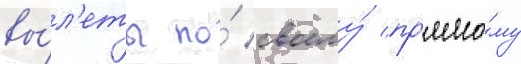
вы́л'еты по́ своему́ пр'ямо́му